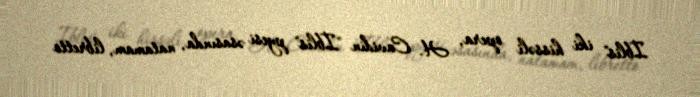
İblis" iki hissəli opera, H. Cavidin "İblis" pyesi əsasında, natamam, libretto